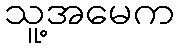
သူ့အမေက